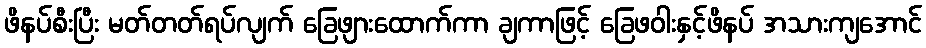
ဖိနပ်စီးပြီး မတ်တတ်ရပ်လျက် ခြေဖျားထောက်ကာ ချကာဖြင့် ခြေဖဝါးနှင့်ဖိနပ် အသားကျအောင်